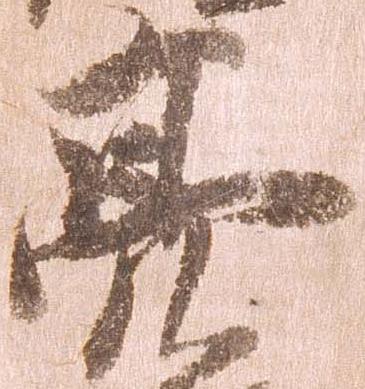
亮